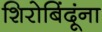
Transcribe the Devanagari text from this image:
शिरोबिंदूंना